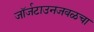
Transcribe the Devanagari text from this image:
जॉर्जटाउनजवळचा